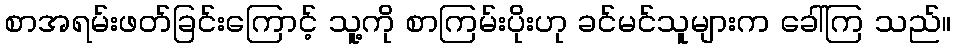
စာအရမ်းဖတ်ခြင်းကြောင့် သူ့ကို စာကြမ်းပိုးဟု ခင်မင်သူများက ခေါ်ကြ သည်။